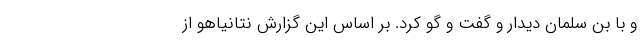
و با بن سلمان دیدار و گفت و گو کرد. بر اساس این گزارش نتانیاهو از